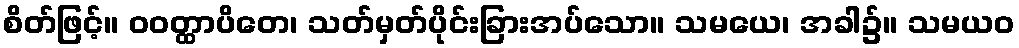
စိတ်ဖြင့်။ ဝဝတ္ထာပိတေ၊ သတ်မှတ်ပိုင်းခြားအပ်သော။ သမယေ၊ အခါ၌။ သမယဝ